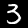
Label: 3